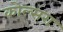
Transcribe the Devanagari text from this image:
कोल्‍सरा